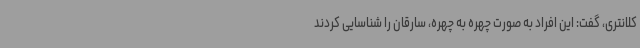
کلانتری، گفت: این افراد به صورت چهره به چهره، سارقان را شناسایی کردند